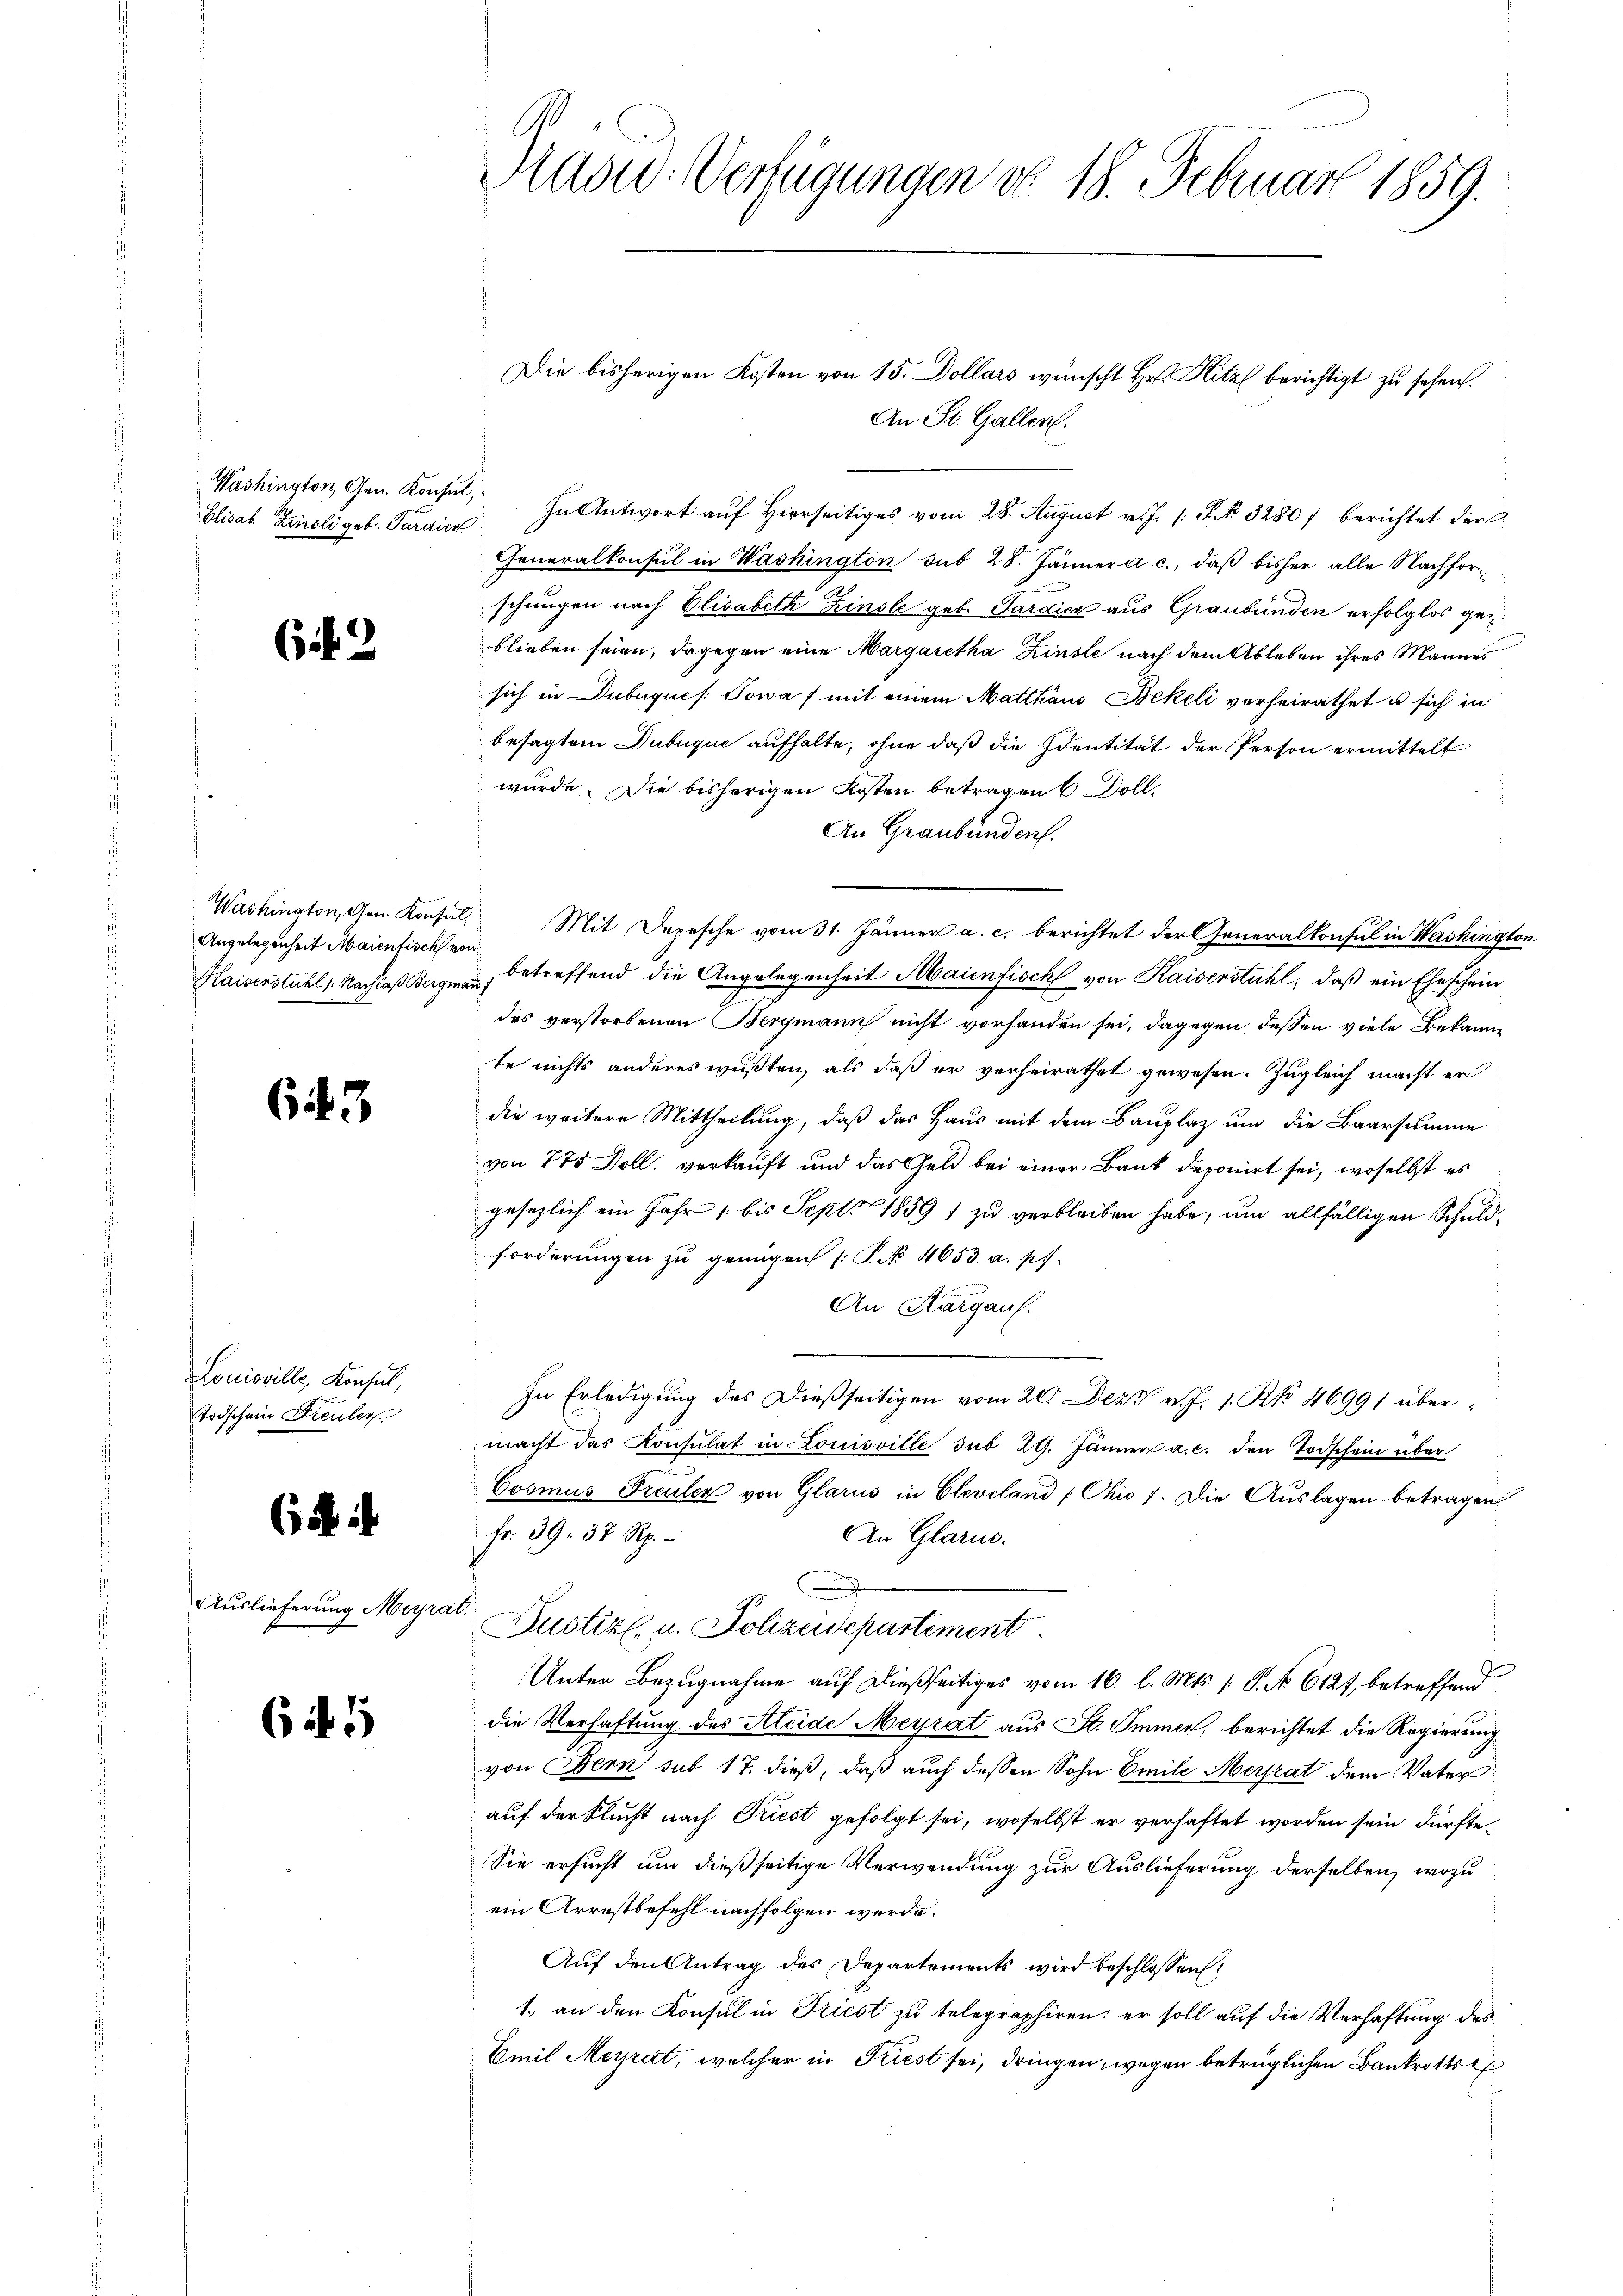
Washington, Gen. Konsul,

Gif. 2

Angelegenheit Maienfisch von

643

Louisville, Konsul,
Todschein Freuler

(ich i

Auslieferung Meyrat

6 f 15

Die bisherigen Kosten von 15. Dollars wünscht Hr. Hitz berichtigt zu sehen.
An St. Gallen.
Elisab. Zinsli geb. Paraić In Antwort auf Hierseitiges vom 28. August v. J. P. Nr. 3280) berichtet der
Generalkonsul in Washington sub 28. Jänner a. c., daß bisher alle Nachforschungen nach Elisabeth Zinsle geb. Sardicz aus Graubünden erfolglos geblieben seien, dagegen eine Margaretha Zinste nach dem Ableben ihres Mannes
sich in Dubuques. Sowa f mit einem Matthaus Bekeli verheirathet u sich in
besagtem Dubuquie aufhalte, ohne daß die Identität der Person ermittelt
würde. Die bisherigen Kosten betragen 6 Doll.
An Graubünden.
Washington, Gen. Konsul, Mit Depesche vom 31. Jänner a. c. berichtet der Generalkonsul in Washington
Haiserstühl, Nachlaß Bergman, betreffend die Angelegenheit Maienfisch von Kaiserstuhl, daß ein Eheschein
des verstorbenen Bergmann nicht vorhanden sei, dagegen dessen viele Bekannte nichts anderes wußten, als daß er verheirathet gewesen. Zugleich macht er
die weitere Mittheilung, daß das Haus mit dem Bauplaz und die Baarsumme
von 775 Doll, verkauft und das Geld bei einer Bank deponirt sei, woselbst es
gesezlich ein Jahr 1. bis Sept. 1859 1 zu verbleiben habe, um allfälligen Schuldforderungen zu genügen (: P. No. 4653. a. pr.
An Kurgaus.
In Erledigung des Dießseitigen vom 20. Dez. v. J. 1. No. 46991 übermacht das Konsulat in Louisville sub 29. Jänner a. c. den Todschein über
Cosmus Freuler von Glarus in Cleveland [Chio 7. Die Auslagen betragen
Fr. 39. 37 Rp.
An Glarus.
Justiz- u. Polizeidepartement
Unter Bezugnahme auf dießseitiges vom 16. l. Mts. 1. P. No 6121, betreffend
die Verhaftung des Kleide Meyrat aus St. Immer, berichtet die Regierung
von Bern sub 17. dieß, daß auch dessen Sohn Emile Mersrat dem Vater
auf der Flucht nach Priest gefolgt sei, woselbst er verhaftet worden sein dürfte.
Sie ersucht um dießseitige Verwendung zur Auslieferung derselben, wozu
ein Arrestbefehl nachfolgen werde.
Auf den Antrag des Departements wird beschlossen:
1. an den Konsul in Triest zu telegraphiren; er soll auf die Verhaftung des
Emil Meyrat, welcher in Kriest sei, dringen, wegen betrüglichen Bankrottsc

Präsid.-Verfügungen do 18. Februar 1859.